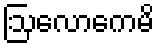
ဩလောကေမိ